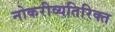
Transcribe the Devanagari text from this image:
नोकरीव्यतिरिक्त